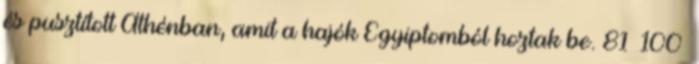
és pusztított Athénban, amit a hajók Egyiptomból hoztak be. 81 100